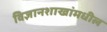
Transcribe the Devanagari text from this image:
विज्ञानशाखांमधील